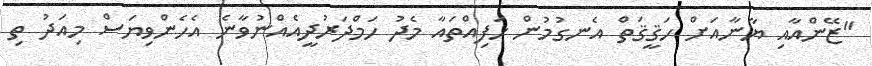
"ޒޭންއާއި ޔާނާއަށް ހަޤީޤަތް އެނގުމުން ހަފިއްތައާ މެދު ހަމްދަރުދީއެއްނުވާނެ އެހެންވިޔަސް މިއަދު ތި